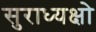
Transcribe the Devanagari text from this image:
सुराध्यक्षो